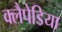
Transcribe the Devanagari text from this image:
क्लैपेडिया